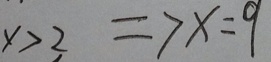
x > 2 \Rightarrow x = 9